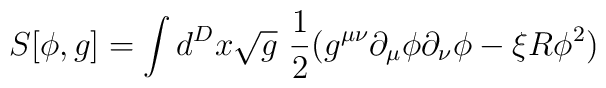
S[\phi,g] = \int d^D x {\sqrt g}\ {1\over 2} ( g^{\mu\nu}     \partial_\mu \phi \partial_\nu \phi - \xi R \phi^2)